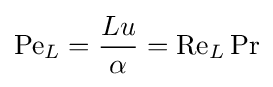
\mathrm {Pe} _{L}={\frac {Lu}{\alpha }}=\mathrm {Re} _{L}\,\mathrm {Pr}